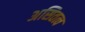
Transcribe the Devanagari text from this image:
असितत्व